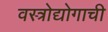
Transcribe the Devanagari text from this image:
वस्त्रोद्योगाची